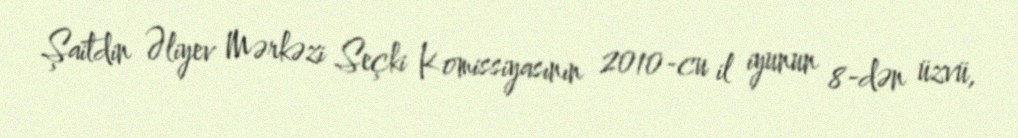
Şaitdin Əliyev Mərkəzi Seçki Komissiyasının 2010-cu il iyunun 8-dən üzvü,